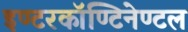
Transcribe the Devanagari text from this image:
इण्टरकॉण्टिनेण्टल